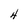
Character: 4